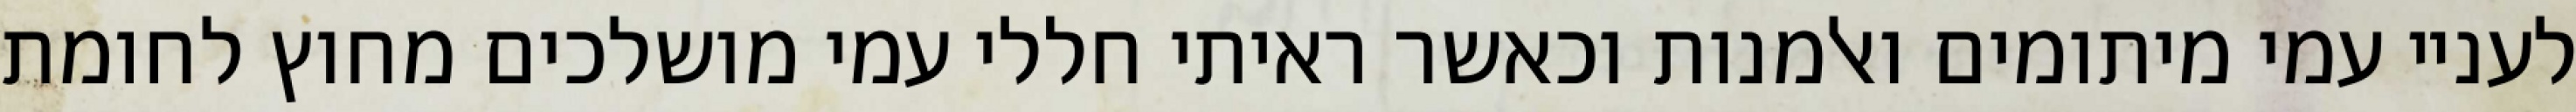
לעניי עמי מיתומים ואלמנות וכאשר ראיתי חללי עמי מושלכים מחוץ לחומת